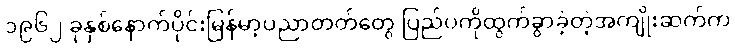
၁၉၆၂ ခုနှစ်နောက်ပိုင်းမြန်မာ့ပညာတတ်တွေ ပြည်ပကိုထွက်ခွာခဲ့တဲ့အကျိုးဆက်က